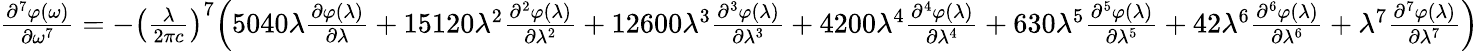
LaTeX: {\begin{array}{l}{{\frac{{\partial}^{7}\varphi\mathrm{(}\omega\mathrm{)}}{\partial{\omega}^{\mathrm{7}}}}={-}{\left({\frac{\lambda}{\mathrm{2}\pi c}}\right)}^{\mathrm{7}}{\Bigl(}\mathrm{5040}\lambda{\frac{\partial\varphi\mathrm{(}\lambda\mathrm{)}}{\partial\lambda}}+\mathrm{15120}{\lambda}^{\mathrm{2}}{\frac{{\partial}^{2}\varphi\mathrm{(}\lambda\mathrm{)}}{\partial{\lambda}^{\mathrm{2}}}}+\mathrm{12600}{\lambda}^{\mathrm{3}}{\frac{{\partial}^{3}\varphi\mathrm{(}\lambda\mathrm{)}}{\partial{\lambda}^{\mathrm{3}}}}+\mathrm{4200}{\lambda}^{\mathrm{4}}{\frac{{\partial}^{4}\varphi\mathrm{(}\lambda\mathrm{)}}{\partial{\lambda}^{\mathrm{4}}}}+\mathrm{630}{\lambda}^{\mathrm{5}}{\frac{{\partial}^{5}\varphi\mathrm{(}\lambda\mathrm{)}}{\partial{\lambda}^{\mathrm{5}}}}+\mathrm{42}{\lambda}^{\mathrm{6}}{\frac{{\partial}^{6}\varphi\mathrm{(}\lambda\mathrm{)}}{\partial{\lambda}^{\mathrm{6}}}}+{\lambda}^{\mathrm{7}}{\frac{{\partial}^{7}\varphi\mathrm{(}\lambda\mathrm{)}}{\partial{\lambda}^{\mathrm{7}}}}{\Bigr)}}\end{array}}